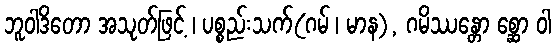
ဘူဝါဒိတော အသုတ်ဖြင့် ၊ ပစ္စည်းသက်(ဂမ် ၊ မာန), ဂမိဿန္တော စ္ဆော ဝါ